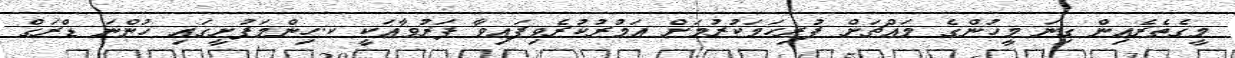
މީގެތެރެއިން ގިނަ މީހުންގެ މައްޗަށް ފުރިހަމަކުރުމަށް އަމުރުކުރެވިފައިވާ ފަރުވާއަކީ ކ.ހިންމަފުށީގައި ހުންނަ ޑްރަގް